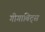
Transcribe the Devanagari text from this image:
गीगाबिट्स